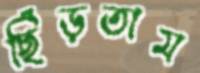
ছিঁড়তাম